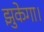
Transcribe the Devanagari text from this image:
झुकेगा।